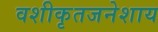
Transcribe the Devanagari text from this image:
वशीकृतजनेशाय